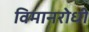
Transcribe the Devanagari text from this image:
विमानरोधी